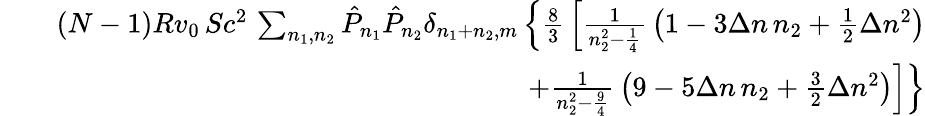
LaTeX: \begin{array}{rlr}&{}&{(N-1)Rv_{0}\, Sc^{2}\, \sum_{n_{1},n_{2}}\hat{P}_{n_{1}}\hat{P}_{n_{2}}\delta_{n_{1}+n_{2},m}\left\{ {\frac{8}{3}}\left[{\frac{1}{n_{2}^{2}-{\frac{1}{4}}}}\left(1-3\Delta n\, n_{2}+{\frac{1}{2}}\Delta n^{2}\right)\right.\right.}\\ &{}&{\left.\left.+{\frac{1}{n_{2}^{2}-{\frac{9}{4}}}}\left(9-5\Delta n\, n_{2}+{\frac{3}{2}}\Delta n^{2}\right)\right]\right\} }\end{array}